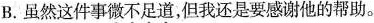
B.虽然这件事微不足道，但我还是要感谢他的帮助。